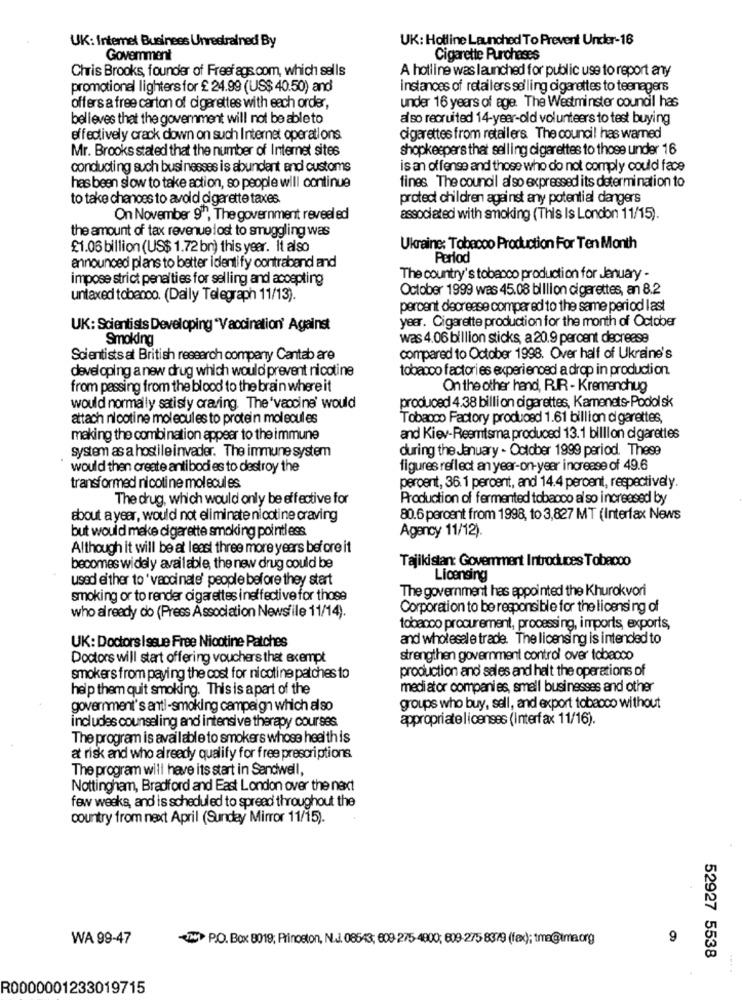
UK: Hotline Launched To Prevent Under-16
UK: Intemel Businees Unrestrained By
Goverment
Cigarette Purchases
Chris Brooks, founder of Freefags. com, which sells
A hotline was launched for public use to report any
promotional lighters for £ 24.99 (US$ 40.50) and
instances of retailers selling cigarettes to teenagers
offers a free carton of cigarettes with each order,
under 16 years of age. The Westminster council has
believes that the government will not be ableto
also recruited 14-year-old volunteers to test buying
effectively crack down on such Internet operations
cigarettes from retailers The council has warned
Mr. Brooks stated that the number of Internet sites
shopkeepers that selling cigarettes to those under 16
conducting such businesses is abundant and customs
is an offense and those who do not comply could face
has been slow to take action, so people will continue
fines The council also expressed its determination to
to take chances to avoid cigarette taxes
protect children against any potential dangers
On November 9", The government reveel ed
associated with smoking (This Is London 11/15).
the amount of tax revenue lost to smuggling was
£1.06 billion (US$ 1.72 bn) this year. It also
Ukraine: Tobacco Production For Ten Month
Period
announced plans to better identify contraband and
impose strict penalties for selling and accepting
The country's tobacco production for January -
October 1999 was 45.08 billion cigarettes, an 8.2
untaxed tobanco. (Daily Telegraph 11/13).
percent decrease compared to the same period last
UK: Scientists Developing "Vaccination' Against
year. Cigarette production for the month of October
Smoking
was 4.06 billion sticks, a 20.9 percent decrease
Scientists at British research company Cantab are
compared to October 1998. Over half of Ukraine's
developing a new drug which would prevent nicotine
tobacco factories experienced a drop in production.
from passing from the blood to the brain where it
On the other hand, RIR - Kremenchug
would normally satisfy craving. The 'vaccine' would
produced 4.38 billion cigarettes, Kamenets-Podol sk
attach nicotine molecules to protein molecules
Tobacco Factory produced 1.61 billion d garettes,
making the combination appear to the immune
and Kiev-Reemtsma produced 13.1 billion cigarettes
system as a hostile invader. The immune system
during the January - October 1999 period. These
would then create antibodies to destroy the
figures reflect an year-on-year increase of 49.6
transformed nicotine molecules
peroent, 36.1 percent, and 14.4 percent, respectively.
The drug, which would only be effective for
Production of fermented tobacco al so increased by
about a year, would not eliminate nicotine craving
80.6 percent from 1998, to 3,827 MT (Interfax News
but would make cigarette smoking pointless
Agency 11/12).
Although it will be at least three more years before it
Tajikistan: Government Introduces Tobacco
becomes widely available the new drug could be
used either to ' vaccinate' people before they start
Licensing
The government has appointed the Khurokvori
smoking or to render cigarettes ineffective for those
who already do (Press Association Newsfile 11/14).
Corporation to be responsible for the licensing of
tobacco procurement, processing, imports, exports,
and wholesale trade. The licensing is intended to
UK: Doctors Issue Free Nicotine Patches
Doctors will start offering vouchers that exempt
strengthen government control over tobacco
production and sales and halt the operations of
smokers from paying the cost for nicotine patches to
help them quit smoking. This is a part of the
medi ator companies, small businesses and other
government's anti-smoking campaign which also
groups who buy, sell, and export tobacco without
includes counseling and intensive therapy courses
appropriatelicenses (interfax 11/16).
The program is available to smokers whose health is
at risk and who already qualify for free prescriptions.
The program will have its start in Sandwell,
Nottingham, Bradford and East London over the next
few weeks, and is scheduled to spread throughout the
country from next April (Sunday Mirror 11/15).
WA 99-47
-TH P.O. Box 8019; Princeton, N.J. 08643; 609 275-4900; 609 275 839 (fex); tma@tma.org
9
52927 5538
R0000001233019715